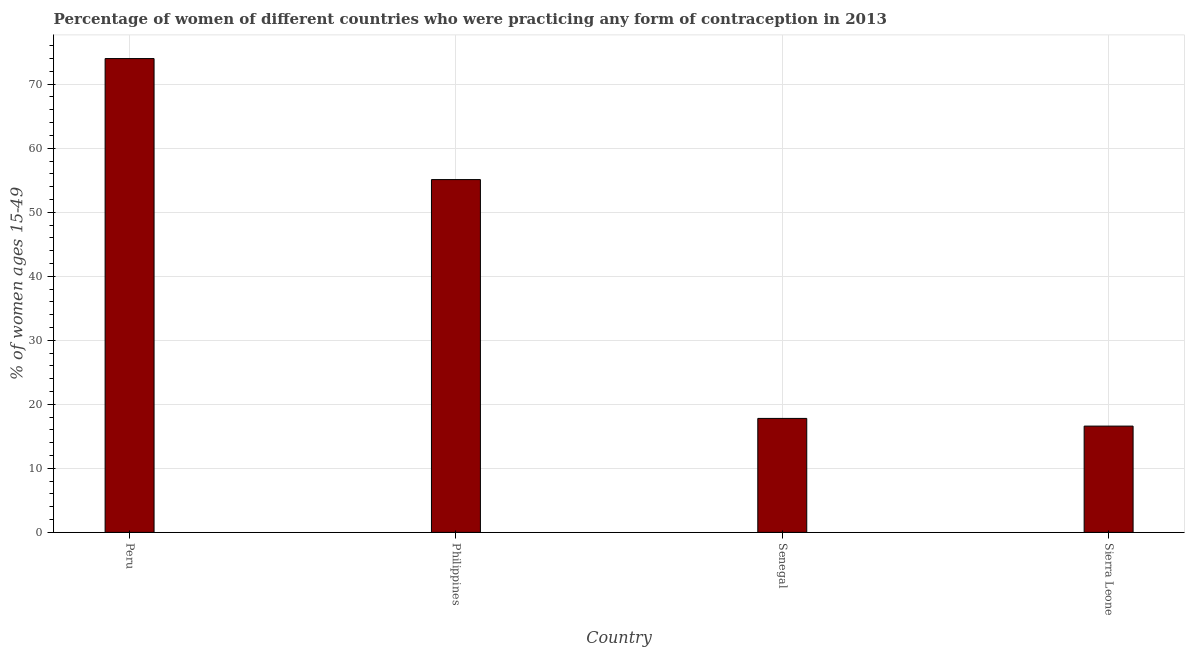
| Country | Contraceptive prevalence |
 | --- | --- |
 | Peru | 74 |
 | Philippines | 55.1 |
 | Senegal | 17.8 |
 | Sierra Leone | 16.6 |